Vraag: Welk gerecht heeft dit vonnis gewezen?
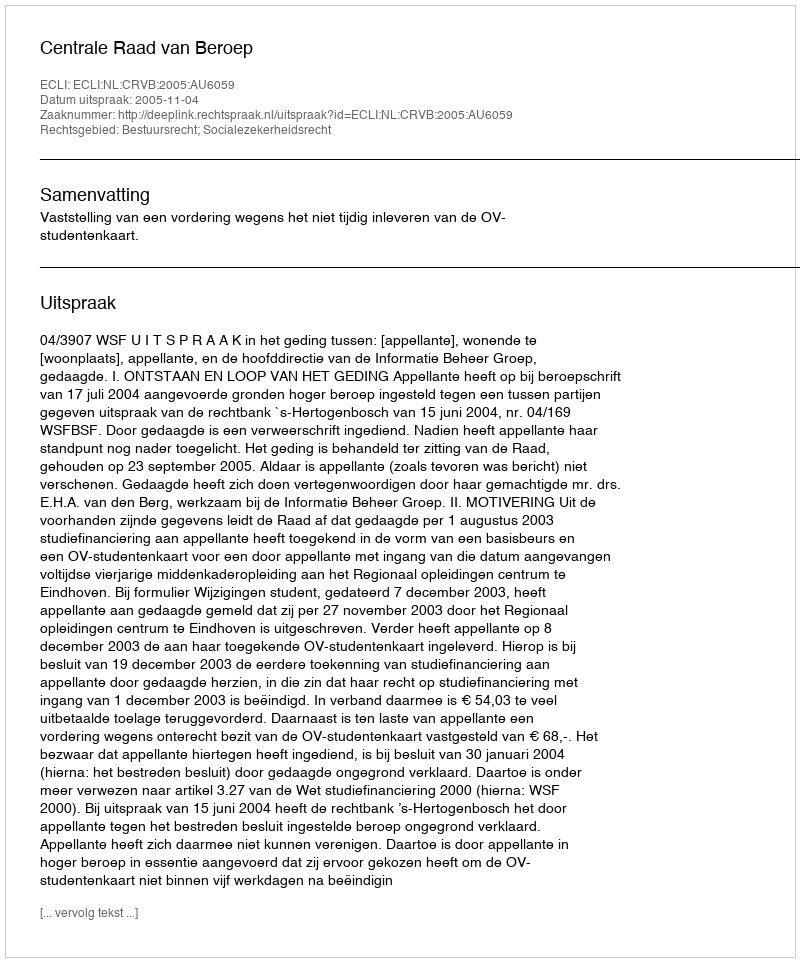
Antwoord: Centrale Raad van Beroep